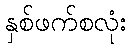
နှစ်ဖက်စလုံး